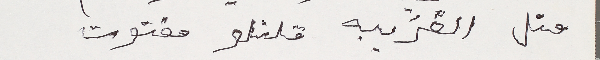
متل الغريبه فلتلو مفتوت